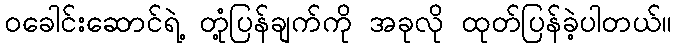
၀ခေါင်းဆောင်ရဲ့ တုံ့ပြန်ချက်ကို အခုလို ထုတ်ပြန်ခဲ့ပါတယ်။